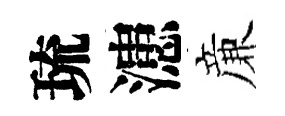
琉漶亷